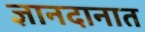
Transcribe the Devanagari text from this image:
ज्ञानदानात